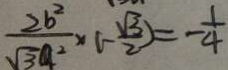
\frac { 2 b ^ { 2 } } { \sqrt { 3 } a ^ { 2 } } \times ( - \frac { \sqrt { 3 } } { 2 } ) = - \frac { 1 } { 4 }